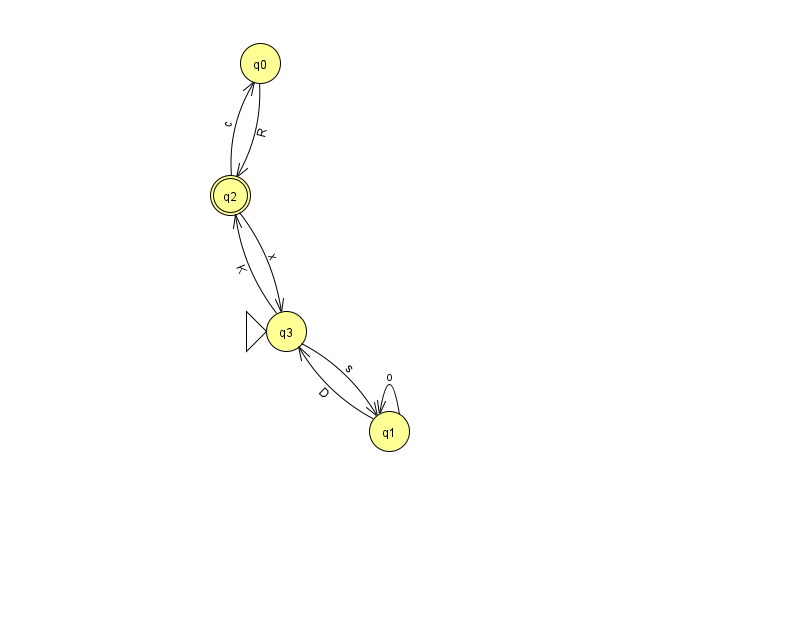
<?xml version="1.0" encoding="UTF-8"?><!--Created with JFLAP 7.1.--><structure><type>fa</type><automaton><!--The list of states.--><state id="0" name="q0"><x>260.0</x><y>50.0</y></state><state id="1" name="q1"><x>389.0</x><y>418.0</y></state><state id="2" name="q2"><x>230.0</x><y>182.0</y><final/></state><state id="3" name="q3"><x>286.0</x><y>318.0</y><initial/></state><!--The list of transitions.--><transition><from>3</from><to>2</to><read>K</read></transition><transition><from>2</from><to>3</to><read>x</read></transition><transition><from>0</from><to>2</to><read>R</read></transition><transition><from>2</from><to>0</to><read>c</read></transition><transition><from>3</from><to>1</to><read>s</read></transition><transition><from>1</from><to>1</to><read>o</read></transition><transition><from>1</from><to>3</to><read>D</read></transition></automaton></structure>